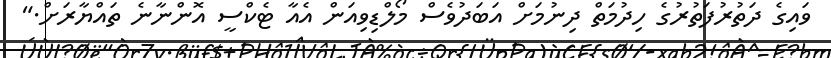
ވައިގެ ދަތުރުފަތުރުގެ ހިދުމަތް ދިނުމަށް އަބަދުވެސް މޯލްޑިވިއަން އެއާ ޓެކްސީ އޮންނާނެ ތައްޔާރަށް."